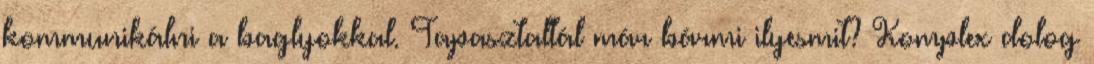
kommunikálni a baglyokkal. Tapasztaltál már bármi ilyesmit? Komplex dolog